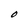
Character: O